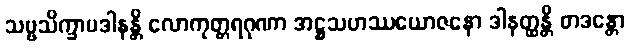
သဗ္ဗသိက္ခာပဒါနန္တိ လောကုတ္တရဂုဏာ အဋ္ဌသဟဿယောဇနော ဒါနတ္ထန္တိ တဒန္တော